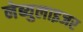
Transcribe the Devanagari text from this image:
नेब्युलाइजर